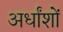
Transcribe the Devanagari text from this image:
अर्धांशों